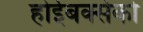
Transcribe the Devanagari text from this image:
होईबक्सेको